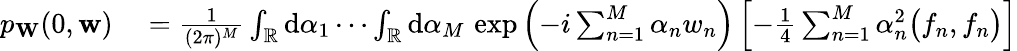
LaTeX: \begin{array}{rl}{p_{\mathbf{W}}(0,\mathbf{w})}&{{}=\frac{1}{(2\pi)^{M}}\int_{\mathbb{R}}\mathrm{d}\alpha_{1}\cdots\int_{\mathbb{R}}\mathrm{d}\alpha_{M}\, \exp\left(-i\sum_{n=1}^{M}\alpha_{n}w_{n}\right)\left[-\frac{1}{4}\sum_{n=1}^{M}\alpha_{n}^{2}\bigl(f_{n},f_{n}\bigr)\right]}\end{array}